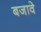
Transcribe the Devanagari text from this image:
बजावे